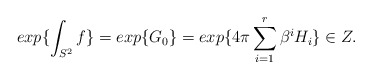
\begin{align*}exp\{\int_{S^2}f\}=exp\{G_0\}=exp\{4\pi\sum_{i=1}^{r}\beta^{i}H_{i}\}\in Z.\end{align*}